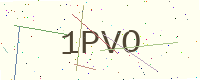
Text: 1PVO